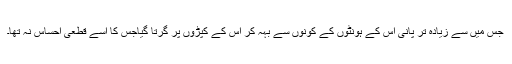
جس میں سے زیادہ تر پانی اس کے ہونٹوں کے کونوں سے بہہ کر اس کے کپڑوں پر گرتا گیاجس کا اسے قطعی احساس نہ تھا۔